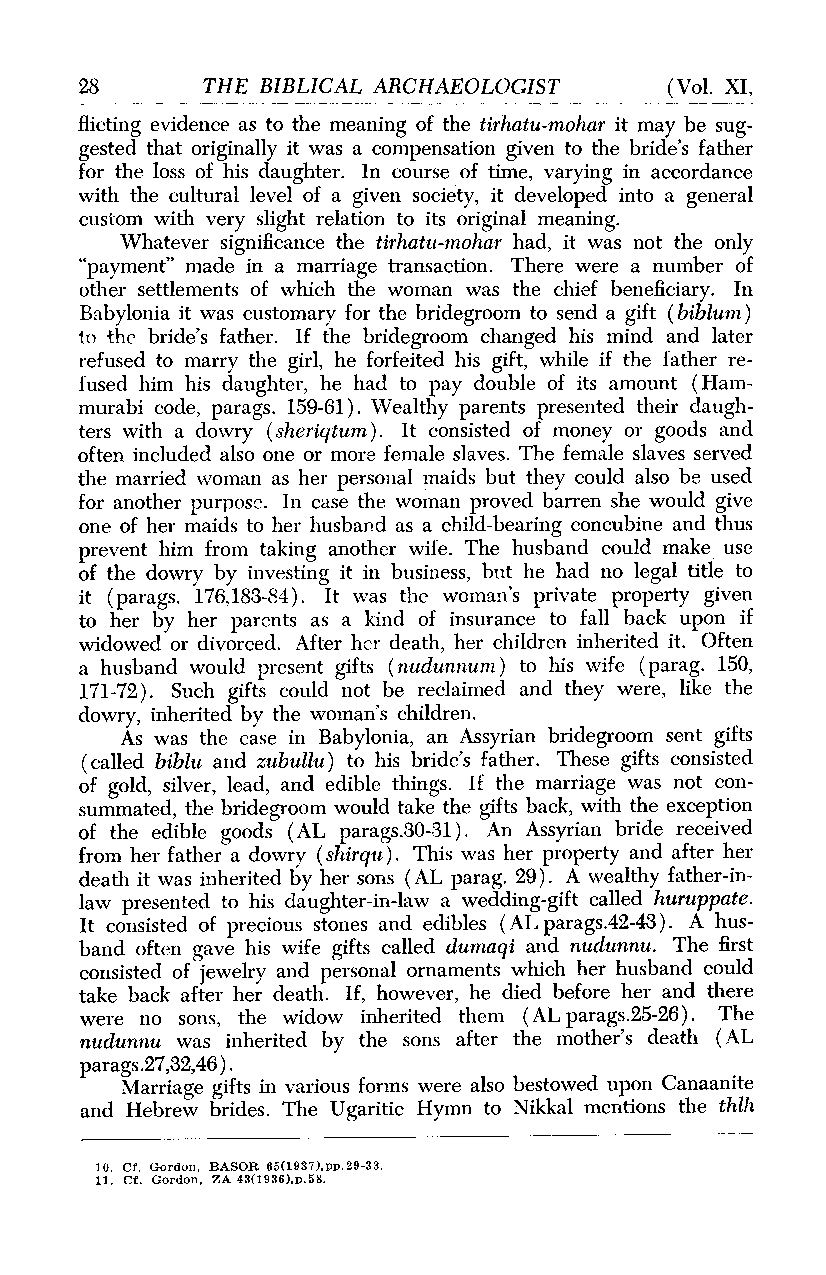
28      THE BIBLICAL ARCHAEOLOGIST     (Vol. XI,
 flicting evidence as to the meaning of the tirhatu-mohar it may be sug-
 gested that originally it was a compensation given to the bride's father
 for the loss of his daughter. In course of time, varying in accordance
 with the cultural level of a given society, it developed into a general
 custom with very slight relation to its original meaning.
 Whatever significance the tirhatu-mohar had, it was not the only
 "payment" made in a marriage transaction. There were a number of
 other settlements of which the woman was the chief beneficiary. In
 Babylonia it was customary for the bridegroom to send a gift (biblum)
 to the bride's father. If the bridegroom changed his mind and later
 refused to marry the girl, he forfeited his gift, while if the father re-
 fused him his daughter, he had to pay double of its amount (Ham-
 murabi code, parags. 159-61). Wealthy parents presented their daugh-
 ters with a dowry (sheriqtum). It consisted of money or goods and
 often included also one or more female slaves. The female slaves served
 the married woman as her personal maids but they could also be used
 for another purpose. In case the woman proved barren she would give
 one of her maids to her husband as a child-bearing concubine and thus
 prevent him from taking another wife. The husband could make use
 of the dowry by investing it in business, but he had no legal title to
 it (parags. 176,183-84). It was the woman's private property given
 to her by her parents as a kind of insurance to fall back upon if
 widowed or divorced. After her death, her children inherited it. Often
 a husband would present gifts (nudunnumn) to his wife (parag. 150,
 171-72). Such gifts could not be reclaimed and they were, like the
 dowry, inherited by the woman's children.
 As was the case in Babylonia, an Assyrian bridegroom sent gifts
 (called biblu and zubullu) to his bride's father. These gifts consisted
 of gold, silver, lead, and edible things. If the marriage was not con-
 summated, the bridegroom would take the gifts back, with the exception
 of the edible goods (AL parags.30-31). An Assyrian bride received
 from her father a dowry (shirqu). This was her property and after her
 death it was inherited by her sons (AL parag. 29). A wealthy father-in-
 law presented to his daughter-in-law a wedding-gift called huruppate.
 It consisted of precious stones and edibles (AL parags.42-43). A hus-
 band often gave his wife gifts called dumaqi and nudunnu. The first
 consisted of jewelry and personal ornaments which her husband could
 take back after her death. If, however, he died before her and there
 were no sons, the widow inherited them (ALparags.25-26). The
 nudunnu was inherited by the sons after the mother's death (AL
 parags.27,32,46).
 Marriage gifts in various forms were also bestowed upon Canaanite
 and Hebrew brides. The Ugaritic Hymn to Nikkal mentions the thlh
 10. Cf. Gordon, BASOR 65(1937),pp.29-33.
 11. Cf. Gordon, ZA 43(1936),p.58.